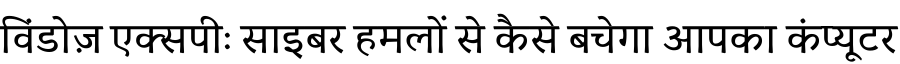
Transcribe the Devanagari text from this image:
विंडोज़ एक्सपीः साइबर हमलों से कैसे बचेगा आपका कंप्यूटर